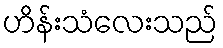
ဟိန်းသံလေးသည်